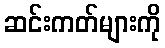
ဆင်းကတ်များကို